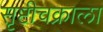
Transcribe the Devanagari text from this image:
सृष्टीचक्राला